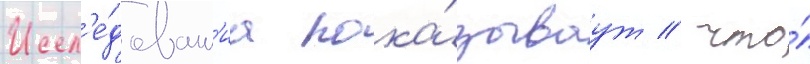
Иссл'е́дован'иа пока́зываут / что́